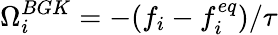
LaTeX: \Omega_{i}^{BGK}=-(f_{i}-f_{i}^{eq})/\tau